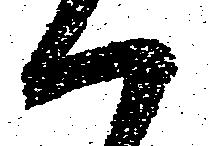
ハ